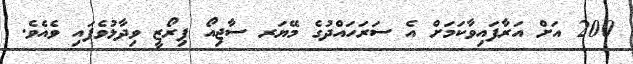
200 އަށް އަރާފައިވާކަމަށް އެ ސަރަހައްދުގެ މޭޔަރ ސާޖިއޯ ޕިރޯޒީ ވިދާޅުވެފައި ވެއެވެ.